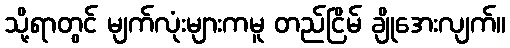
သို့ရာတွင် မျက်လုံးများကမူ တည်ငြိမ် ချိုအေးလျက်။